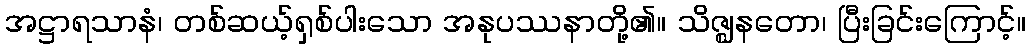
အဋ္ဌာရသာနံ၊ တစ်ဆယ့်ရှစ်ပါးသော အနုပဿနာတို့၏။ သိဇ္ဈနတော၊ ပြီးခြင်းကြောင့်။